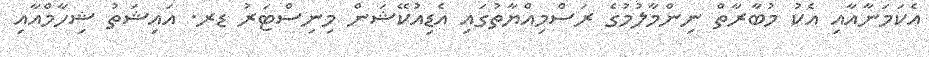
އެކަމަނާއާއި އެކު މުބާރާތް ނިންމާލުމުގެ ރަސްމިއްޔާތުގައި އެޑިއުކޭޝަން މިނިސްޓަރު ޑރ. އައިޝަތު ޝިހާމްއާއި